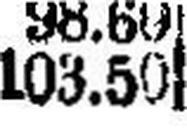
103.50